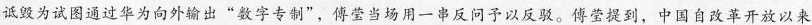
诋毁为试图通过华为向外输出”数字专制”，傅莹当场用一串反问予以反驳。傅莹提到，中国自改革开放以来